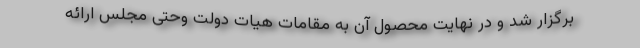
برگزار شد و در نهایت محصول آن به مقامات هیات دولت وحتی مجلس ارائه